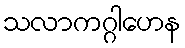
သလာကဂ္ဂါဟေန